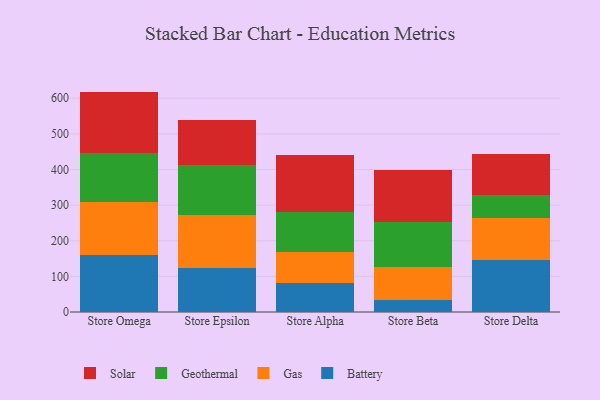
{"axis": {"x": "Store", "y": "Headcount"}, "legend": ["Battery", "Gas", "Geothermal", "Solar"], "data": [{"x": "Store Omega", "y": 161.1, "type": "Battery"}, {"x": "Store Omega", "y": 148.4, "type": "Gas"}, {"x": "Store Omega", "y": 137.2, "type": "Geothermal"}, {"x": "Store Omega", "y": 171.8, "type": "Solar"}, {"x": "Store Epsilon", "y": 122.3, "type": "Battery"}, {"x": "Store Epsilon", "y": 149.8, "type": "Gas"}, {"x": "Store Epsilon", "y": 139.7, "type": "Geothermal"}, {"x": "Store Epsilon", "y": 126.3, "type": "Solar"}, {"x": "Store Alpha", "y": 82.3, "type": "Battery"}, {"x": "Store Alpha", "y": 85.6, "type": "Gas"}, {"x": "Store Alpha", "y": 112.5, "type": "Geothermal"}, {"x": "Store Alpha", "y": 161.5, "type": "Solar"}, {"x": "Store Beta", "y": 32.4, "type": "Battery"}, {"x": "Store Beta", "y": 93.0, "type": "Gas"}, {"x": "Store Beta", "y": 126.2, "type": "Geothermal"}, {"x": "Store Beta", "y": 147.2, "type": "Solar"}, {"x": "Store Delta", "y": 144.7, "type": "Battery"}, {"x": "Store Delta", "y": 117.9, "type": "Gas"}, {"x": "Store Delta", "y": 64.5, "type": "Geothermal"}, {"x": "Store Delta", "y": 115.9, "type": "Solar"}]}